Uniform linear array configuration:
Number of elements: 8
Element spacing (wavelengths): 0.75
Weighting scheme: cosine
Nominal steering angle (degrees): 15
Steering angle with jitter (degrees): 16.771
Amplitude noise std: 0.05
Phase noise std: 0.05

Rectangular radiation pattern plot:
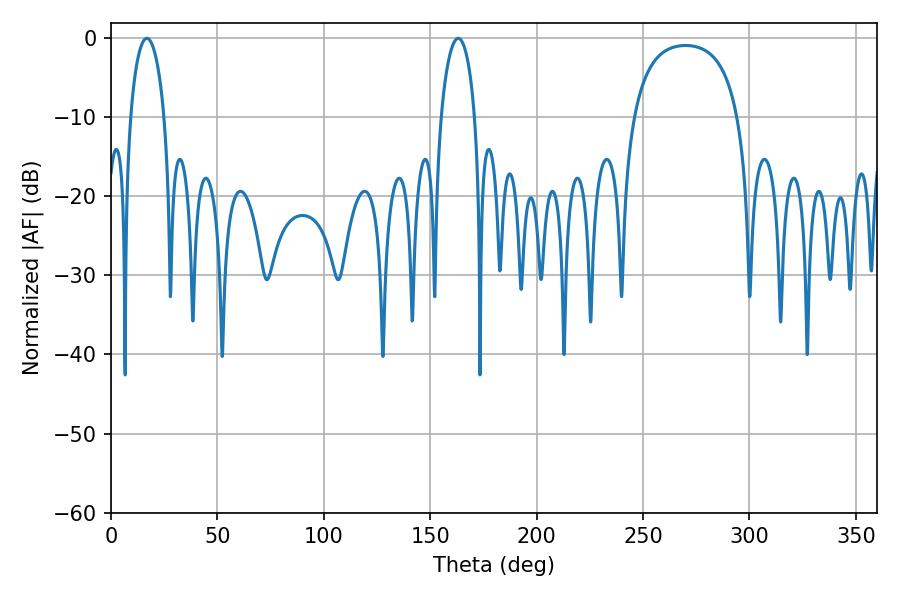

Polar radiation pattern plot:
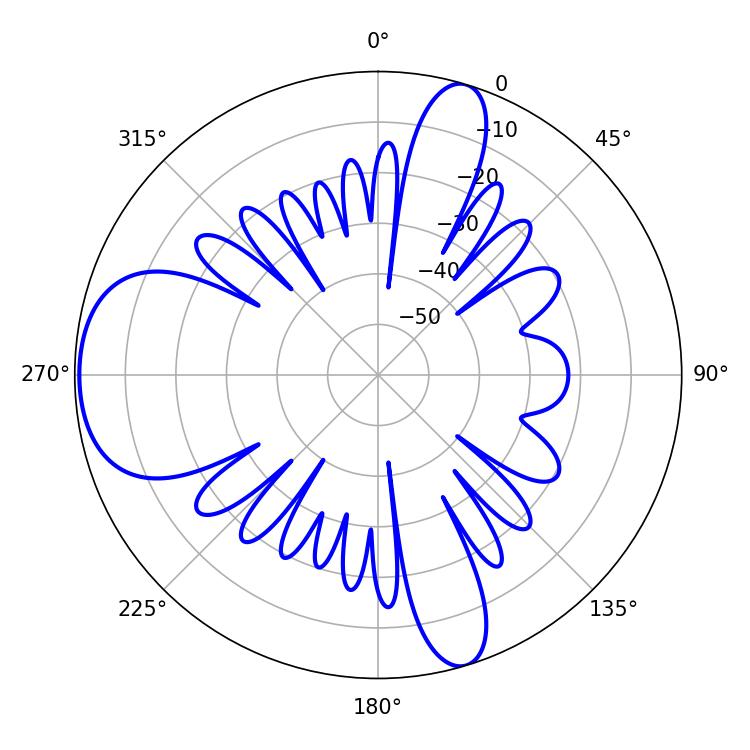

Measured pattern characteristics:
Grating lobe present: TRUE
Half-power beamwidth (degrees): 9
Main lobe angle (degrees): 16.92